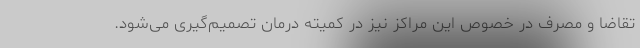
تقاضا و مصرف در خصوص این مراکز نیز در کمیته درمان تصمیم‌گیری می‌شود.